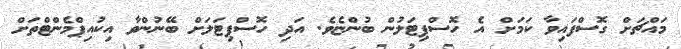
މައްޗަށް ގޮސްފައިވާ ކަމަށް އެ ހޮސްޕިޓަލުން ބުންޏެވެ. އަދި ހޮސްޕިޓަލަށް ބޭނުންވާ އިކުއިޕްމެންޓްތަށް